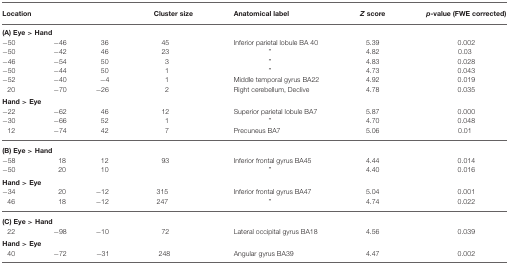
| <COLSPAN=3> Location | Cluster size | Anatomical label | Z score | p-value (FWE corrected) |
 | --- | --- | --- | --- | --- | --- | --- |
 | (A) Eye > Hand |
 | −50 | −46 | 36 | 45 | Inferior parietal lobule BA 40 | 5.39 | 0.002 |
 | −50 | −42 | 46 | 23 | ” | 4.82 | 0.03 |
 | −46 | −54 | 50 | 3 | ” | 4.83 | 0.028 |
 | −50 | −44 | 50 | 1 | ” | 4.73 | 0.043 |
 | −52 | −40 | −4 | 1 | Middle temporal gyrus BA22 | 4.92 | 0.019 |
 | 20 | −70 | −26 | 2 | Right cerebellum, Declive | 4.78 | 0.035 |
 | Hand > Eye |
 | −22 | −62 | 46 | 12 | Superior parietal lobule BA7 | 5.87 | 0.000 |
 | −30 | −66 | 52 | 1 | ” | 4.70 | 0.048 |
 | 12 | −74 | 42 | 7 | Precuneus BA7 | 5.06 | 0.01 |
 | (B) Eye > Hand |
 | −58 | 18 | 12 | 93 | Inferior frontal gyrus BA45 | 4.44 | 0.014 |
 | −50 | 20 | 10 |  | ” | 4.40 | 0.016 |
 | Hand > Eye |
 | −34 | 20 | −12 | 315 | Inferior frontal gyrus BA47 | 5.04 | 0.001 |
 | 46 | 18 | −12 | 247 | ” | 4.74 | 0.022 |
 | (C) Eye > Hand |
 | 22 | −98 | −10 | 72 | Lateral occipital gyrus BA18 | 4.56 | 0.039 |
 | Hand > Eye |
 | 40 | −72 | −31 | 248 | Angular gyrus BA39 | 4.47 | 0.002 |